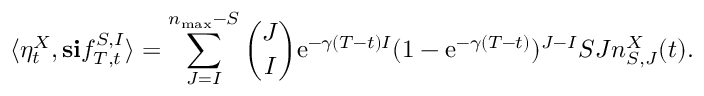
\langle \eta _ { t } ^ { X } , \mathbf { s } \mathbf { i } f _ { T , t } ^ { S , I } \rangle = \sum _ { J = I } ^ { n _ { \operatorname* { m a x } } - S } \binom { J } { I } \mathrm { e } ^ { - \gamma ( T - t ) I } ( 1 - \mathrm { e } ^ { - \gamma ( T - t ) } ) ^ { J - I } S J n _ { S , J } ^ { X } ( t ) .